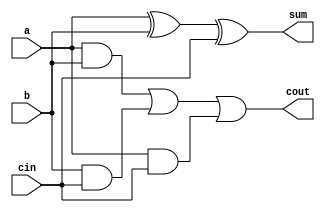
/*******************************************************************
*
* Module: FA.v
* Project: RV32IMC Processor
* Description: A 1-bit full adder used for implementing the 32-bit full adder
*
**********************************************************************/

module FA (input a, b, cin, output sum, cout);
    assign sum = a ^ b ^ cin;
    assign cout = (a & b) | (b & cin) | (a & cin);
endmodule